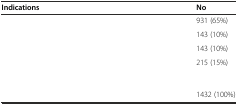
<table><thead><tr><td><b>Indications</b></td><td><b>No</b></td></tr></thead><tbody><tr><td>[EMPTY_CELL]</td><td>931 (65%)</td></tr><tr><td>[EMPTY_CELL]</td><td>143 (10%)</td></tr><tr><td>[EMPTY_CELL]</td><td>143 (10%)</td></tr><tr><td>[EMPTY_CELL]</td><td>215 (15%)</td></tr><tr><td>[EMPTY_CELL]</td><td>1432 (100%)</td></tr></tbody></table>